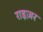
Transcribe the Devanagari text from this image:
राइज़र